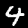
Label: 4